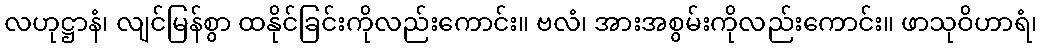
လဟုဋ္ဌာနံ၊ လျင်မြန်စွာ ထနိုင်ခြင်းကိုလည်းကောင်း။ ဗလံ၊ အားအစွမ်းကိုလည်းကောင်း။ ဖာသုဝိဟာရံ၊